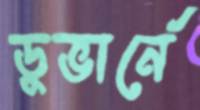
ডুভার্নে